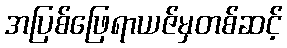
အပြစ်ဖြေရာယဇ်မှတစ်ဆင့်